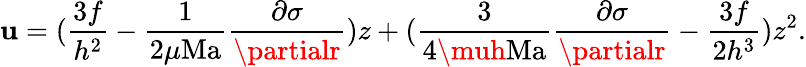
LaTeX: \mathbf{u}=(\frac{{3f}}{{h^{2}}}-\frac{{1}}{{2\mu\mathrm{{Ma}}}}\frac{{\partial\sigma}}{{\partialr}})z+(\frac{{3}}{{4\muh\mathrm{{Ma}}}}\frac{{\partial\sigma}}{{\partialr}}-\frac{{3f}}{{2h^{3}}})z^{2}.